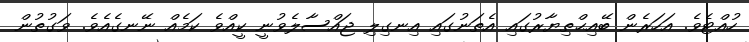
ހުއްޓެވެ. އަހަރެން ބޭއިޙްތިޔާރުގައި އެތަނުގައި އިނގިލި ޖައްސާލެވުނީ ކީއްވެ ކަމެއް ނޭނގެއެވެ. ވަގުތުން